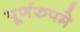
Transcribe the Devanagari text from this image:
पूर्णरुपमे